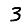
Digit: 3